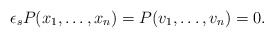
\begin{align*}\epsilon_sP(x_1, \ldots, x_n)=P(v_1, \ldots, v_n)=0.\end{align*}